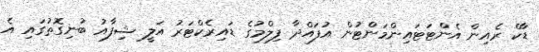
ޑާކް ރެއިން އެންޓަޓައިންމަންޓުން އުފައްދާ ފިލްމުގެ ޑައިރެކްޓަރު އަލީ ޝިފާއު ބުނިގޮތުގައި އެ